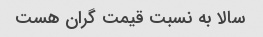
سالا به نسبت قیمت گران هست